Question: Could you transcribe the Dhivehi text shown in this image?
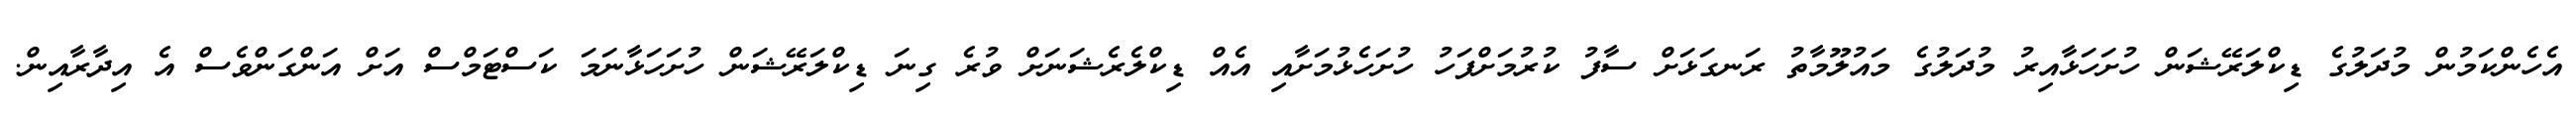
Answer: އެހެންކަމުން މުދަލުގެ ޑިކްލަރޭޝަން ހުށަހަޅާއިރު މުދަލުގެ މައުލޫމާތު ރަނގަޅަށް ސާފު ކުރުމަށްފަހު ހުށަހެޅުމަށާއި އެއް ޑިކްލެރެޝަނަށް ވުރެ ގިނަ ޑިކްލަރޭޝަން ހުށަހަޅާނަމަ ކަސްޓަމްސް އަށް އަންގަންވެސް އެ އިދާރާއިން.